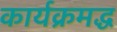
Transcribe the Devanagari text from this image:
कार्यक्रमद्ध